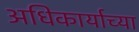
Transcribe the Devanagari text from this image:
अधिकार्याच्या